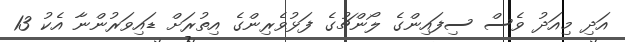
އަދި މިއަދު ވެސް ސިފައިންގެ ލޯންޗުގެ ފަޅުވެރިންގެ އިތުރަށް ޑައިވަރުންނާ އެކު 13